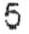
5